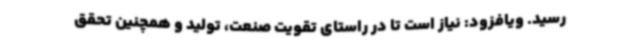
رسید. ویافزود: نیاز است تا در راستای تقویت صنعت، تولید و همچنین تحقق